Annual report on the working of the mental hospitals in the Madras Presidency - 1912-1932
Year: 1912
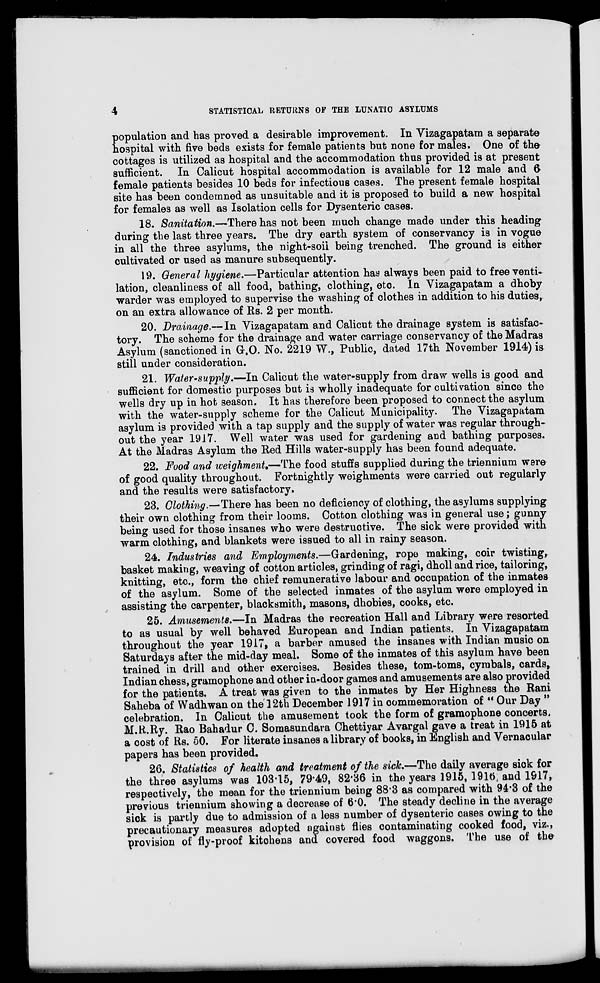
4
STATISTICAL RETURNS OF THE LUNATIC ASYLUMS
population and has proved a desirable improvement. In Vizagapatam a separate
hospital with five beds exists for female patients but none for males. One of the
cottages is utilized as hospital and the accommodation thus provided is at present
sufficient. In Calicut hospital accommodation is available for 12 male and 6
female patients besides 10 beds for infectious cases. The present female hospital
site has been condemned as unsuitable and it is proposed to build a new hospital
for females as well as Isolation cells for Dysenteric cases.
18. Sanitation.—There has not been much change made under this heading
during the last three years. The dry earth system of conservancy is in vogue
in all the three asylums, the night-soil being trenched. The ground is either
cultivated or used as manure subsequently.
19. General hygiene.—Particular attention has always been paid to free venti-
lation, cleanliness of all food, bathing, clothing, etc. In Vizagapatam a dhoby
warder was employed to supervise the washing of clothes in addition to his duties,
on an extra allowance of Rs. 2 per month.
20. Drainage.—In Vizagapatam and Calicut the drainage system is satisfac-
tory. The scheme for the drainage and water carriage conservancy of the Madras
Asylum (sanctioned in G.O. No. 2219 W., Public, dated 17th November 1914) is
still under consideration.
21. Water-supply.—In Calicut the water-supply from draw wells is good and
sufficient for domestic purposes but is wholly inadequate for cultivation since the
wells dry up in hot season. It has therefore been proposed to connect the asylum
with the water-supply scheme for the Calicut Municipality. The Vizagapatam
asylum is provided with a tap supply and the supply of water was regular through-
out the year 1917. Well water was used for gardening and bathing purposes.
At the Madras Asylum the Red Hills water-supply has been found adequate.
22. Food and weighment.—The food stuffs supplied during the triennium were
of good quality throughout. Fortnightly weighments were carried out regularly
and the results were satisfactory.
23. Clothing.—There has been no deficiency of clothing, the asylums supplying
their own clothing from their looms. Cotton clothing was in general use ; gunny
being used for those insanes who were destructive. The sick were provided with
warm clothing, and blankets were issued to all in rainy season.
24. Industries and Employments.—Gardening, rope making, coir twisting,
basket making, weaving of cotton articles, grinding of ragi, dholl and rice, tailoring,
knitting, etc., form the chief remunerative labour and occupation of the inmates
of the asylum. Some of the selected inmates of the asylum were employed in
assisting the carpenter, blacksmith, masons, dhobies, cooks, etc.
25. Amusements.—In Madras the recreation Hall and Library were resorted
to as usual by well behaved European and Indian patients. In Vizagapatam
throughout the year 1917, a barber amused the insanes with Indian music on
Saturdays after the mid-day meal. Some of the inmates of this asylum have been
trained in drill and other exercises. Besides these, tom-toms, cymbals, cards,
Indian chess, gramophone and other in-door games and amusements are also provided
for the patients. A treat was given to the inmates by Her Highness the Rani
Saheba of Wadhwan on the 12th December 1917 in commemoration of " Our Day "
celebration. In Calicut the amusement took the form of gramophone concerts,
M.R.Ry. Rao Bahadur C. Somasundara Chettiyar Avargal gave a treat in 1915 at
a cost of Rs. 50. For literate insanes a library of books, in English and Vernacular
papers has been provided.
26. Statistics of health and treatment of the sick.—The daily average sick for
the three asylums was 103.15, 79.49, 82.36 in the years 1915, 1916 and 1917,
respectively, the mean for the triennium being 88.3 as compared with 94.3 of the
previous triennium showing a decrease of 6.0. The steady decline in the average
sick is partly due to admission of a less number of dysenteric cases owing to the
precautionary measures adopted against flies contaminating cooked food, viz.,
provision of fly-proof kitchens and covered food waggons. The use of the